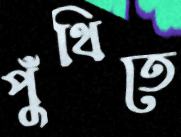
পুঁথিতে